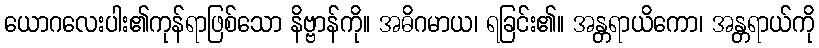
ယောဂလေးပါး၏ကုန်ရာဖြစ်သော နိဗ္ဗာန်ကို။ အဓိဂမာယ၊ ရခြင်း၏။ အန္တရာယိကော၊ အန္တရာယ်ကို